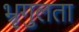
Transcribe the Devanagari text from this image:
भ्रृगुलता